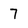
Character: 7